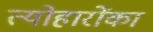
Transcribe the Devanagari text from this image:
त्योहारोंका